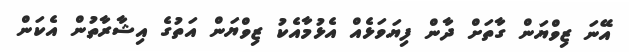
އޭނަ ޒިވްޔަން ގާތަށް ދާން ފިޔަވަޅެއް އެޅުމާއެކު ޒިވްޔަން އަތުގެ އިޝާރާތުން އެކަން